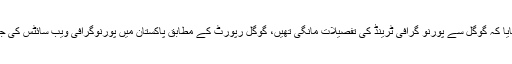
عامر عظیم نے مزید بتایا کہ گوگل سے پورنو گرافی ٹرینڈ کی تفصیلات مانگی تھیں، گوگل رپورٹ کے مطابق پاکستان میں پورنوگرافی ویب سائٹس کی جانب رجحان کم ہوا ہے۔